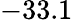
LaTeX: -33.1